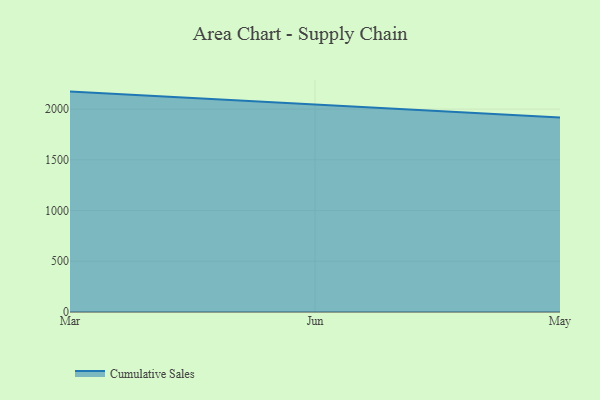
{"axis": {"x": "Month", "y": "LTV (USD)"}, "legend": ["Cumulative Sales"], "data": [{"x": "Mar", "y": 2172.9, "type": "Cumulative Sales"}, {"x": "Jun", "y": 2042.6, "type": "Cumulative Sales"}, {"x": "May", "y": 1916.6, "type": "Cumulative Sales"}]}